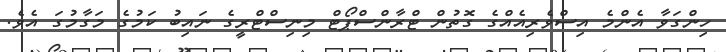
ހިންގަވާ އެންމެ އިސްވެރިއެއްގެ ގޮތުން ޓްރާންސްޕޯޓް މިނިސްޓްރީގެ ނައިބު ކަމުގެ މަގާމުގަ އެވެ.